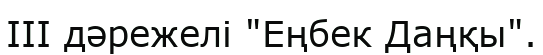
III дәрежелі "Еңбек Даңқы".